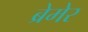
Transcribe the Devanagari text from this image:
ब्रेमेर